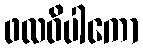
ဖလဝိပါကော